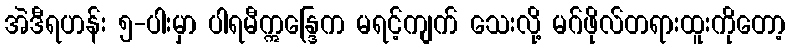
အဲဒီရဟန်း ၅-ပါးမှာ ပါရမီဣန္ဒြေက မရင့်ကျက် သေးလို့ မဂ်ဖိုလ်တရားထူးကိုတော့